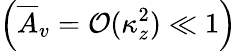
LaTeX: \left(\overline{{A}}_{v}=\mathcal{O}(\kappa_{z}^{2})\ll 1\right)